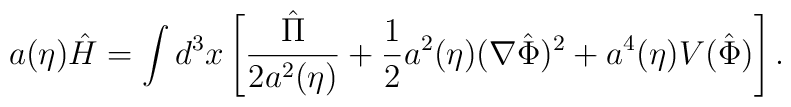
a(\eta) \hat{H} = \int d^3x \left[ \frac{\hat{\Pi}}{2 a^2(\eta)} + \frac{1}{2}a^2(\eta) (\nabla \hat{\Phi})^2 + a^4(\eta) V(\hat{\Phi})\right].